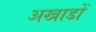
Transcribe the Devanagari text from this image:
अखाडों